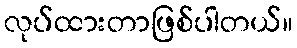
လုပ်ထားတာဖြစ်ပါတယ်။